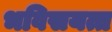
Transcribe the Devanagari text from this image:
भविसयत्त